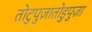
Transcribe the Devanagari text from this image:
तोटुपुज़ातोडुपुज़ा